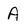
Character: A